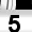
Digit: 5